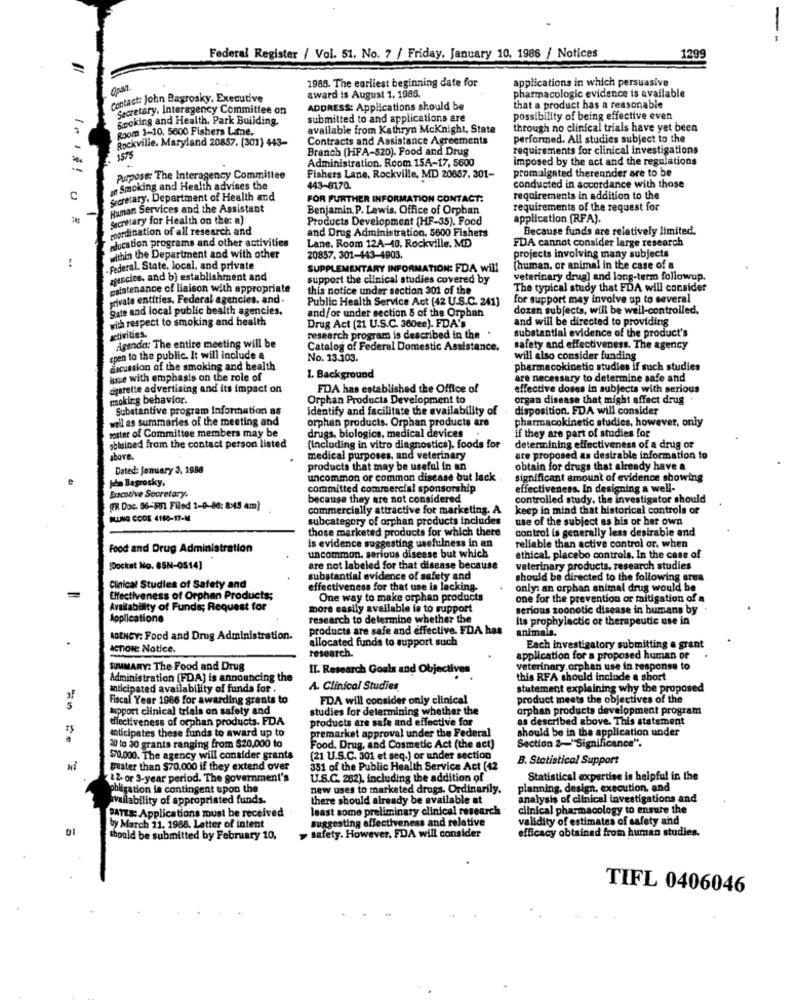
1299
Federal Register / Vol. 51. No. 7 / Friday, January 10, 1986 / Notices
1988. The earliest beginning date for
applications in which persuasive
Contact: John Bagrosky. Executive
award is August 1. 1986.
pharmacologic evidence is available
Secretary, Interagency Committee on
ADDRESS: Applications should be
that a product has a reasonable
Booking and Health, Park Building.
submitted to and applications are
possibility of being effective even
Room 1-10, 5600 Fishers Lane.
available from Kathryn Mcknight, State
through no clinical trials have yet been
Rockville. Maryland 20857. (301) 443-
Contracts and Assistance Agreements
performed. All studies subject to the
Branch (HFA-520). Food and Drug
requirements for clinical investigations
1575
Administration. Room 15A-17, 5600
imposed by the act and the regulations
1 ...!
promulgated thereunder are to be
Purpose: The Interagency Committee
Fishers Lane, Rockville, MD 20657. 301-
n Smoking and Health advises the
443-6170.
conducted in accordance with those
C
Secretary. Department of Health and
FOR FURTHER INFORMATION CONTACT:
requirements in addition to the
Human Services and the Assistant
Benjamin. P. Lewis, Office of Orphan
requirements of the request for
Secretary for Health on the: a)
Products Development (HF-35). Food
application (RFA).
coordination of all research and
and Drug Administration. 5600 Fishers
Because funds are relatively limited.
education programs and other activities
FDA cannot consider large research
Lane, Room 12A-40, Rockville, MD
within the Department and with other
20857. 301-443-4903.
projects involving many subjects
!
- Federal, State, local, and private
SUPPLEMENTARY INFORMATION: FDA will
(human, or animal in the case of a
agencies. and b) establishment and
support the clinical studies covered by
veterinary drug] and long-term followup.
maintenance of liaison with appropriate
this notice under section 301 of the
The typical study that FDA will consider
private entities. Federal agencies. and .
Public Health Service Act (42 U.S.C. 241]
for support may involve up to several
Sate and local public health agencies,
and/or under section & of the Orphan
dozen subjects, will be well-controlled.
with respect to smoking and health
and will be directed to providing
Drug Act (21 U.S.C. 360ee). FDA's
activities.
Agenda: The entire meeting will be
research program is described in the
substantial evidence of the product's
Catalog of Federal Domestic Assistance.
safety and effectiveness. The agency
cpen to the public. It will include a
No. 13.303.
will also consider funding
dscussion of the smoking and health
pharmacokinetic studies if such studies
issue with emphasis on the role of
1. Background
are necessary to determine safe and
cigarette advertising and its impact on
FDA has established the Office of
effective doses in subjects with serious
moking behavior.
Orphan Products Development to
organ disease that might affect drug
Substantive program Information as
identify and facilitate the availability of
disposition. FDA will consider
well as summaries of the meeting and
orphan products. Orphan products are
pharmacokinetic studies, however, only
drugs, biologica, medical devices
if they are part of studies for
rester of Committee members may be
obtained from the contact person listed
(including in vitro diagnostics). foods for
determining effectiveness of a drug or
above.
medical purposes, and veterinary
are proposed as desirable information to
Dated: January 2, 1986
products that may be useful in an
obtain for drugs that already have a
John Bagrosky,
uncommon or common disease but lack
significant amount of evidence showing
committed commercial sponsorship
effectiveness. In designing a well-
Executive Secretary.
because they are not considered
controlled study, the investigator should
(FR Doc. 86-561 Filed 2-0-80: 8:45 am)
commercially attractive for marketing. A
keep in mind that historical controls of
ILUNG CODE 4160-17-M
subcategory of orphan products includes
use of the subject as his or her own
those marketed products for which there
control is generally less desirable and
Food and Drug Administration
is evidence suggesting usefulness in an
reliable than active control or. when
uncommon, serious disease but which
ethical placebo controls. In the case of
pocket No. 85N-0514]
are not labeled for that disease because
veterinary products, research studies
substantial evidence of safety and
should be directed to the following area
Clinical Studies of Safety and
effectiveness for that use is lacking.
only: an orphan animal drug would be
Effectiveness of Orphan Products;
One way to make orphan products
one for the prevention or mitigation of a
Availability of Funds; Request for
more easily available to to support
serious zoonotic disease in humans by
Applicatione
research to determine whether the
Its prophylactic or therapeutic use in
products are safe and effective. FDA has
animals.
AGENCY: Food and Drug Administration.
allocated funds to support such
ACTION: Notice.
research.
Each investigatory submitting e grant
application for a proposed human or
SUMMARY: The Food and Drug
IT. Research Goals and Objectives
veterinary.orphan use in response to
Administration (FDA) is announcing the
this RFA should include a short
anticipated availability of funda for .
A. Clinical Studies
statement explaining why the proposed
Fiscal Year 1986 for awarding grants to
FDA will consider only clinical
product meets the objectives of the
Apport clinical trials on safety and
studies for determining whether the
orphan products development program
effectiveness of orphan products. FDA
products are safe and effec
as described above. This statement
anticipates these funds to award up to
premarket approval under the Federal
should be in the application under
Section 2-"Significance".
20 to 30 grants ranging from $20,000 to
Food. Drug, and Cosmetic Act (the act)
$70.000. The agency will consider grants
(21 U.S.C. 301 et seq.) or under section
B. Statistical Support
greater than $70.000 if they extend over
351 of the Public Health Service Act (42
12 or 3-year period. The government's
U.S.C. 282), including the addition of
Statistical expertise is helpful in the
obligation la contingent upon the
new uses to marketed drugs. Ordinarily.
planning, design, execution, and
Mailability of appropriated funds
there should already be available at
analysis of clinical investigations and
least some preliminary clinical research
clinical pharmacology to ensure the
ATES: Applications must be received
suggesting effectiveness and relative
validity of estimates of safety and
by March 11. 1988. Letter of intent
efficacy obtained from human studies.
should be submitted by February 10.
> safety. However, FDA will consider
TIFL 0406046